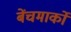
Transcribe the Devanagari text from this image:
बेंचमार्कों